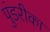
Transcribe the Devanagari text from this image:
पुंडरीका